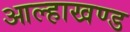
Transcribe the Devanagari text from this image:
आल्हाखण्ड